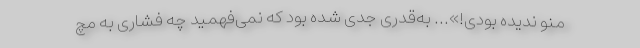
منو ندیده بودی!»... به‌قدری جدی شده بود که نمی‌فهمید چه فشاری به مچ